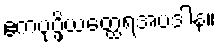
ဧကပုပ္ဖိယတ္ထေရအပဒါန။